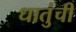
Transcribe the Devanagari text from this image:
धातुंची